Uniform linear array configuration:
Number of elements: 16
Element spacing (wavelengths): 0.75
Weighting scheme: hann
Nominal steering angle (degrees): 30
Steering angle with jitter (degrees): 29.69
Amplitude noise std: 0.05
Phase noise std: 0.05

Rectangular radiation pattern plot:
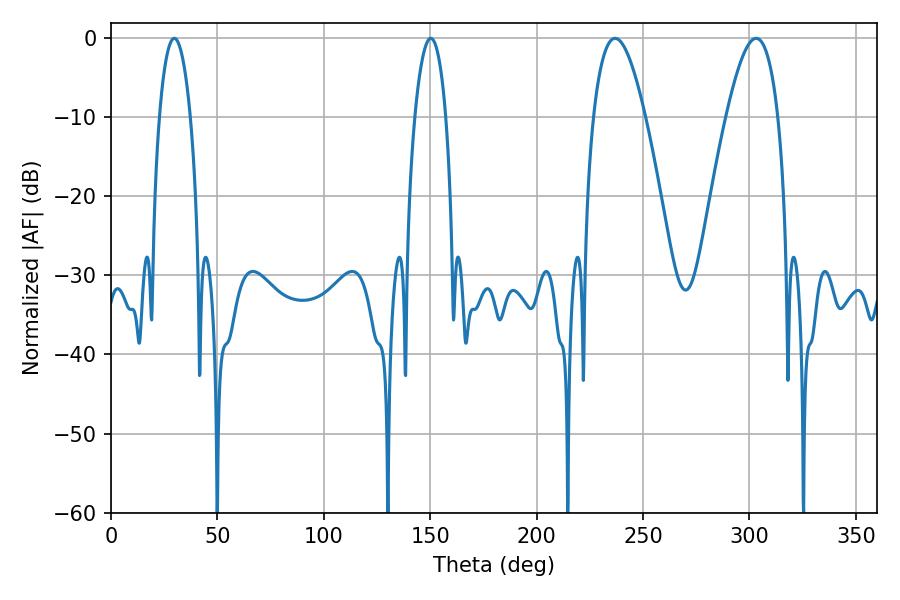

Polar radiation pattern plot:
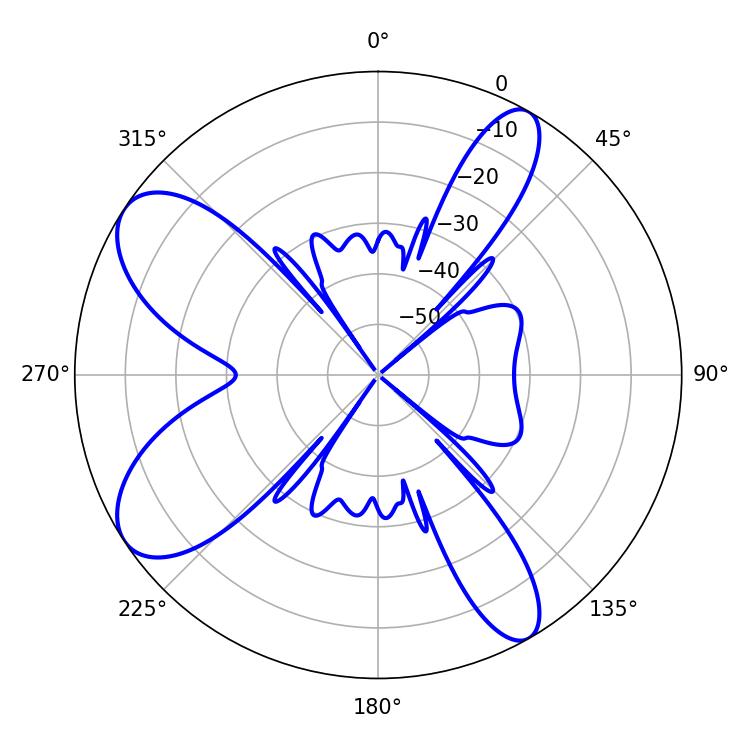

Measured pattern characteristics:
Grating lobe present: TRUE
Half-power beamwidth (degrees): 13.32
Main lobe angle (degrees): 236.88